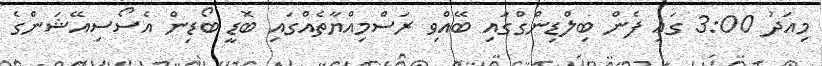
މިއަދު 3:00 ގައި ފެން ބިލްޑިންގްގައި ބޭއްވި ރަސްމިއްޔާތެއްގައި ބޮޑީ ބޯޑިން އެސޯސިއޭޝަންގެ